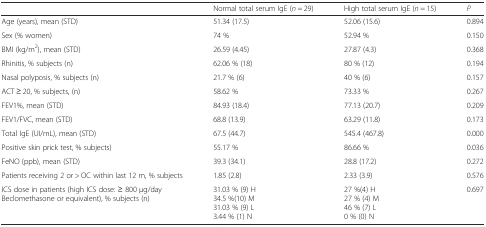
<table><thead><tr><td></td><td><b>Normal total serum IgE (<i>n</i> = 29)</b></td><td><b>High total serum IgE (<i>n</i> = 15)</b></td><td><b><i>P</i></b></td></tr></thead><tbody><tr><td>Age (years), mean (STD)</td><td>51.34 (17.5)</td><td>52.06 (15.6)</td><td>0.894</td></tr><tr><td>Sex (% women)</td><td>74 %</td><td>52.94 %</td><td>0.150</td></tr><tr><td>BMI (kg/m<sup>2</sup>), mean (STD)</td><td>26.59 (4.45)</td><td>27.87 (4.3)</td><td>0.368</td></tr><tr><td>Rhinitis, % subjects (n)</td><td>62.06 % (18)</td><td>80 % (12)</td><td>0.194</td></tr><tr><td>Nasal polyposis, % subjects (n)</td><td>21.7 % (6)</td><td>40 % (6)</td><td>0.157</td></tr><tr><td>ACT ≥ 20, % subjects, (n)</td><td>58.62 %</td><td>73.33 %</td><td>0.267</td></tr><tr><td>FEV1%, mean (STD)</td><td>84.93 (18.4)</td><td>77.13 (20.7)</td><td>0.209</td></tr><tr><td>FEV1/FVC, mean (STD)</td><td>68.8 (13.9)</td><td>63.29 (11.8)</td><td>0.173</td></tr><tr><td>Total IgE (UI/mL), mean (STD)</td><td>67.5 (44.7)</td><td>545.4 (467.8)</td><td>0.000</td></tr><tr><td>Positive skin prick test, % subjects)</td><td>55.17 %</td><td>86.66 %</td><td>0.036</td></tr><tr><td>FeNO (ppb), mean (STD)</td><td>39.3 (34.1)</td><td>28.8 (17.2)</td><td>0.272</td></tr><tr><td>Patients receiving 2 or &gt; OC within last 12 m, % subjects</td><td>1.85 (2.8)</td><td>2.33 (3.9)</td><td>0.576</td></tr><tr><td>ICS dose in patients (high ICS dose: ≥ 800 μg/day Beclomethasone or equivalent), % subjects (n)</td><td>31.03 % (9) H34.5 %(10) M31.03 % (9) L3.44 % (1) N</td><td>27 %(4) H27 % (4) M46 % (7) L0 % (0) N</td><td>0.697</td></tr></tbody></table>